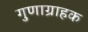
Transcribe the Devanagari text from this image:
गुणाग्राहक